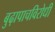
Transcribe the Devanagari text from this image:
बुढ़ापाचविरोधी